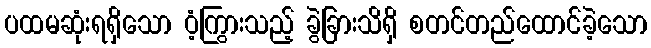
ပထမဆုံးရရှိသော ဝံ့ကြွားသည့် ခွဲခြားသိရှိ စတင်တည်ထောင်ခဲ့သော